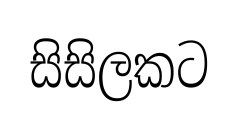
සිසිලකට